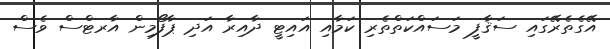
އޭގެތެރޭގައި ސަޤާފީ މަސައްކަތްތެރި ކަމާއި އައިޓީ ދާއިރާ އަދި ޕާފޯމިން އާރޓްސް ވެސް